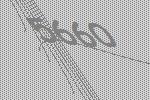
5660